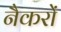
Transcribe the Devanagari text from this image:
नैकरों